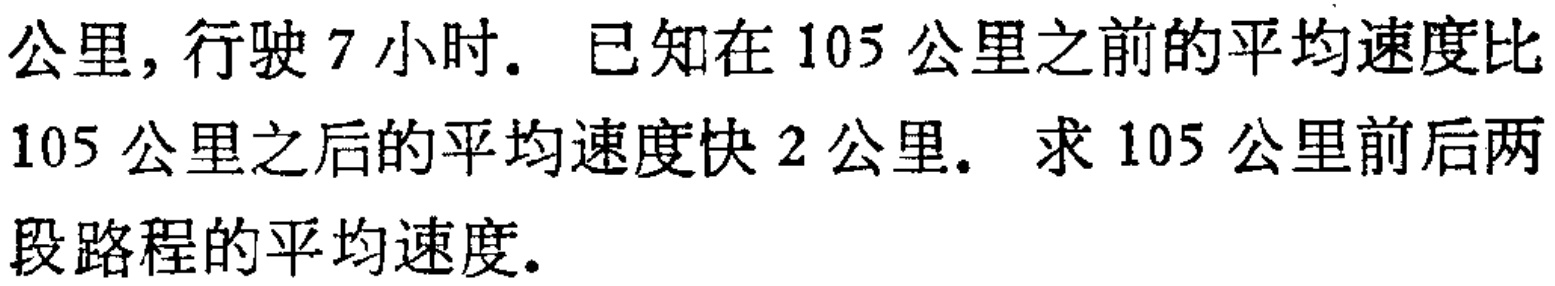
公里, 行驶 7 小时. 已知在 105 公里之前的平均速度比 105 公里之后的平均速度快 2 公里. 求 105 公里前后两段路程的平均速度.